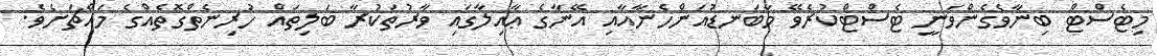
މިޓެސްޓް ބިނާވެގެންވަނީ ޓެސްޓްކުރެވޭ މާބަނޑުއަންހެނާއާއި އޭނާގެ ޢާއިލާގައި ވާރުތަކުރާ ބަލިތައް ހުރިނެތްގޮތެއްގެ މައްޗަށެވެ.